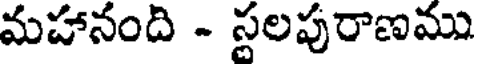
మహానంది - స్థలపురాణము